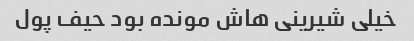
خیلی شیرینی هاش مونده بود حیف پول